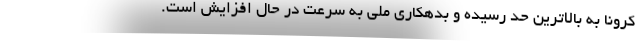
کرونا به بالاترین حد رسیده و بدهکاری ملی به سرعت در حال افزایش است.